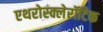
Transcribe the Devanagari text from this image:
एथरोस्क्लेरॉटिक